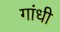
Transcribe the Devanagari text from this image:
गांंधी